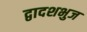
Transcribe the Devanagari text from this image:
द्वादशभुज